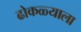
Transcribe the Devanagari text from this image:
ढोकळ्याला